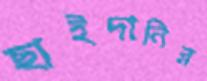
ছাইদানির